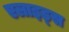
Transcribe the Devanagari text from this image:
एलाइड्स